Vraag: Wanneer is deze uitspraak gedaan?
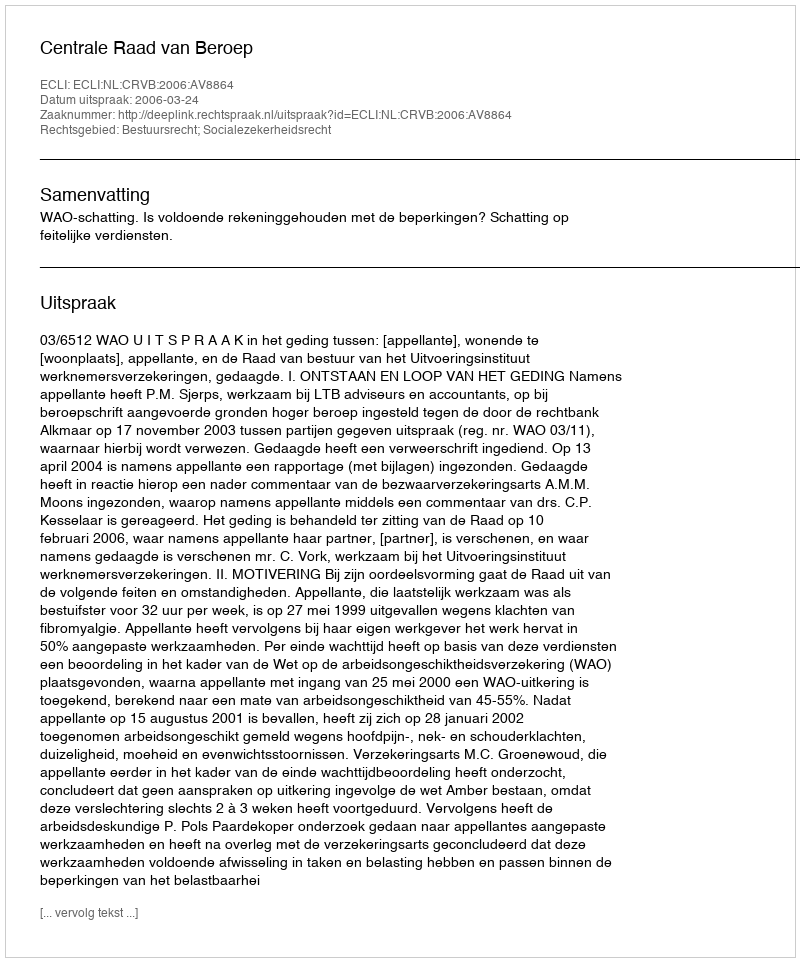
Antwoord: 2006-03-24